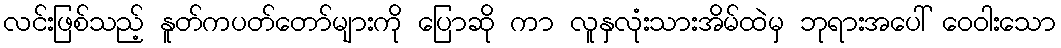
လင်းဖြစ်သည့် နူတ်ကပတ်တော်များကို ပြောဆို ကာ လူနှလုံးသားအိမ်ထဲမှ ဘုရားအပေါ် ဝေဝါးသော